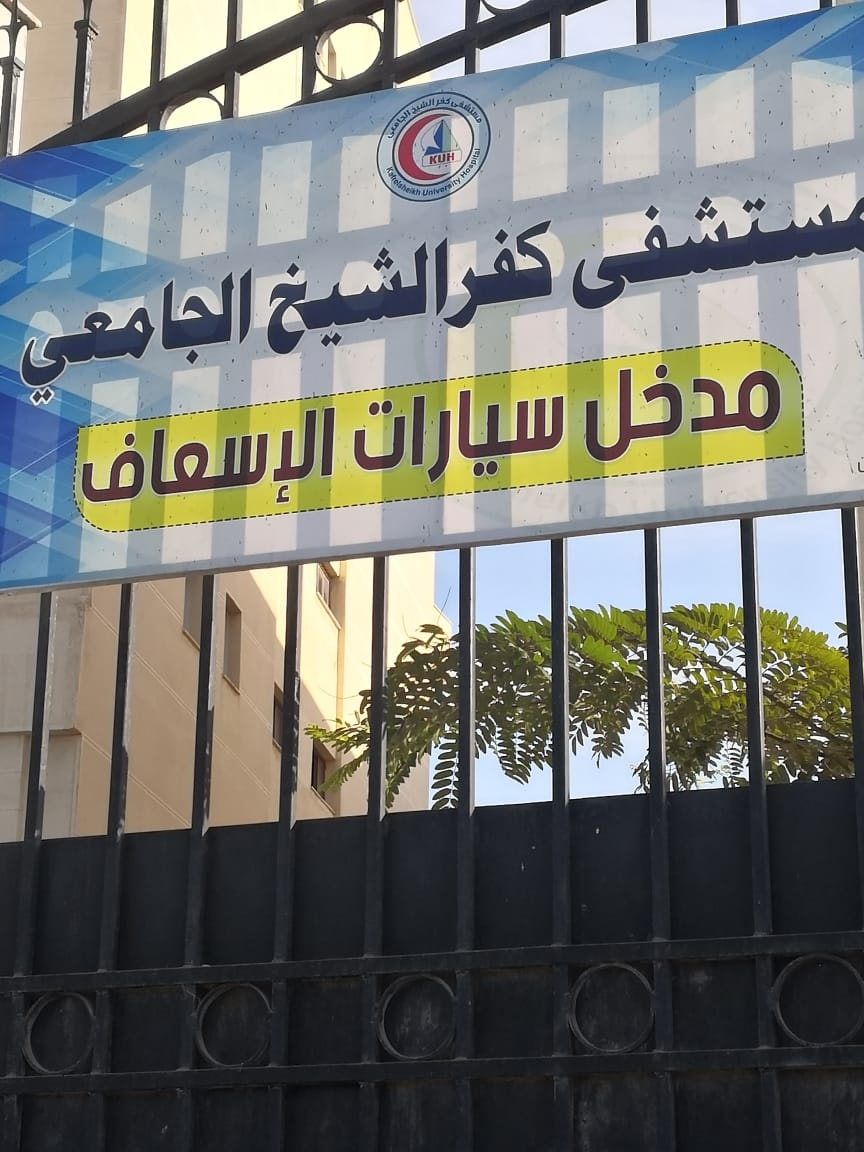
Text in image: مستشفى كفر الشيخ الجامعي مدخل سيارات الإسعاف